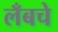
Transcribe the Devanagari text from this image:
लँबचे